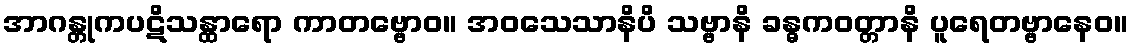
အာဂန္တုကပဋိသန္ထာရော ကာတဗ္ဗောဝ။ အဝသေသာနိပိ သဗ္ဗာနိ ခန္ဓကဝတ္တာနိ ပူရေတဗ္ဗာနေဝ။